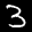
Label: 3